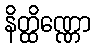
နိတ္ထိဏ္ဏော